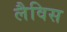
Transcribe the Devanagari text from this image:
लैविस